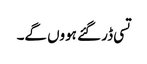
تسی ڈر گئے ہووں گے۔